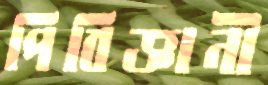
পিবিজ্ঞানী